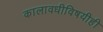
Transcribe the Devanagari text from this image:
कालावधीविषयीही